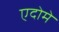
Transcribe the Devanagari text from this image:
एदोमे